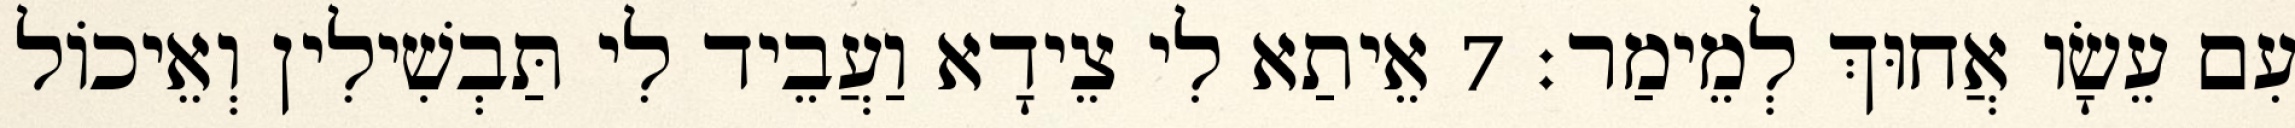
עִם עֵשָׂו אֲחוּךְ לְמֵימַר׃ 7 אֵיתַא לִי צֵידָא וַעֲבֵיד לִי תַּבְשִׁילִין וְאֵיכוֹל